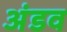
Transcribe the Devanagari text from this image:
अंडव